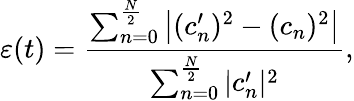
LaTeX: \varepsilon(t)=\frac{\sum_{n=0}^{\frac{N}{2}}\left|(c_{n}^{\prime})^{2}-(c_{n})^{2}\right|}{\sum_{n=0}^{\frac{N}{2}}|c_{n}^{\prime}|^{2}},